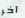
آخر